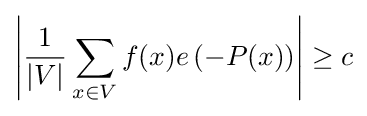
\left|{\frac {1}{|V|}}\sum _{x\in V}f(x)e\left(-P(x)\right)\right|\geq c